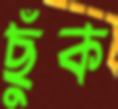
ছুঁক